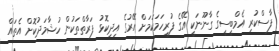
ފާސްކުރި އެމްބީސީގެ ގާނޫނަކީ އޭގެ ފުރިހަމަކަމަށް އޭރުގެ އިދިކޮޅު ފަރާތްތަކުން ހުޝާމަދުކޮށް އެތައް